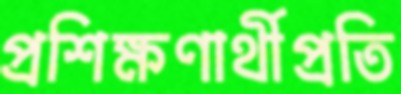
প্রশিক্ষণার্থীপ্রতি